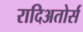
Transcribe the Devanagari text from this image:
रादिअतोर्स